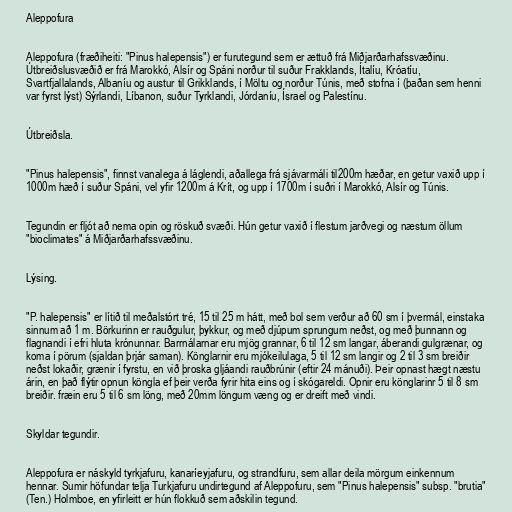
Aleppofura

Aleppofura (fræðiheiti: "Pinus halepensis") er furutegund sem er ættuð frá Miðjarðarhafssvæðinu.
Útbreiðslusvæðið er frá Marokkó, Alsír og Spáni norður til suður Frakklands, Ítalíu, Króatíu,
Svartfjallalands, Albaníu og austur til Grikklands, í Möltu og norður Túnis, með stofna í (þaðan sem henni
var fyrst lýst) Sýrlandi, Líbanon, suður Tyrklandi, Jórdaníu, Ísrael og Palestínu.

Útbreiðsla.

"Pinus halepensis", finnst vanalega á láglendi, aðallega frá sjávarmáli til200m hæðar, en getur vaxið upp í
1000m hæð í suður Spáni, vel yfir 1200m á Krít, og upp í 1700m í suðri í Marokkó, Alsír og Túnis.

Tegundin er fljót að nema opin og röskuð svæði. Hún getur vaxið í flestum jarðvegi og næstum öllum
"bioclimates" á Miðjarðarhafssvæðinu.

Lýsing.

"P. halepensis" er lítið til meðalstórt tré, 15 til 25 m hátt, með bol sem verður að 60 sm í þvermál, einstaka
sinnum að 1 m. Börkurinn er rauðgulur, þykkur, og með djúpum sprungum neðst, og með þunnann og
flagnandi í efri hluta krónunnar. Barrnálarnar eru mjög grannar, 6 til 12 sm langar, áberandi gulgrænar, og
koma í pörum (sjaldan þrjár saman). Könglarnir eru mjókeilulaga, 5 til 12 sm langir og 2 til 3 sm breiðir
neðst lokaðir, grænir í fyrstu, en við þroska gljáandi rauðbrúnir (eftir 24 mánuði). Þeir opnast hægt næstu
árin, en það flýtir opnun köngla ef þeir verða fyrir hita eins og í skógareldi. Opnir eru könglarinr 5 til 8 sm
breiðir. fræin eru 5 til 6 sm löng, með 20mm löngum væng og er dreift með vindi.

Skyldar tegundir.

Aleppofura er náskyld tyrkjafuru, kanaríeyjafuru, og strandfuru, sem allar deila mörgum einkennum
hennar. Sumir höfundar telja Turkjafuru undirtegund af Aleppofuru, sem "Pinus halepensis" subsp. "brutia"
(Ten.) Holmboe, en yfirleitt er hún flokkuð sem aðskilin tegund.